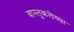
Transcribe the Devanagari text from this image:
वास्तुकलेच्या